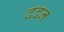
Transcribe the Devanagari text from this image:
ददन